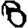
Digit: 8